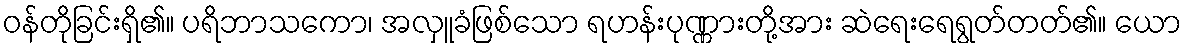
ဝန်တိုခြင်းရှိ၏။ ပရိဘာသကော၊ အလှူခံဖြစ်သော ရဟန်းပုဏ္ဏားတို့အား ဆဲရေးရေရွတ်တတ်၏။ ယော